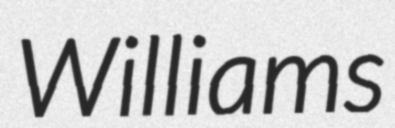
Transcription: Williams